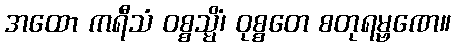
အထော ကရီသံ ဝစ္စသ္မိံ၊ ဝုစ္စတေ စတုရမ္ဗဏေ။